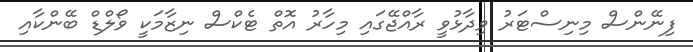
ފިނޭންސް މިނިސްޓަރު ވިދާޅުވީ ރާއްޖޭގައި މިހާރު އޮތް ޓެކްސް ނިޒާމަކީ ވޯލްޑް ބޭންކާއި